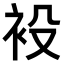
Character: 𧘣